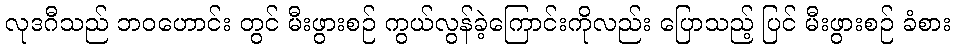
လုဒဂီသည် ဘဝဟောင်း တွင် မီးဖွားစဉ် ကွယ်လွန်ခဲ့ကြောင်းကိုလည်း ပြောသည့် ပြင် မီးဖွားစဉ် ခံစား